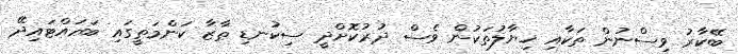
ބޭކާރު ވިސްނުން ތަކާއި ޚިޔާލުތަކުން ވެސް ދުރުކޮށްދީ ސިކުނޑި ތާޒާ ކަންމަތީގައި ބަހައްޓައިދޭ